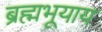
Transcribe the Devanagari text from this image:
ब्रह्मभूयाय